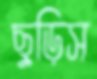
ছুড়িস